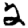
Digit: 2